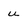
Character: u